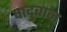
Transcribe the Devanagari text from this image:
वादुवान